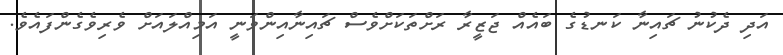
އަދި ދެކުނު ޗައިނާ ކަނޑުގެ ބައެއް ޖަޒީރާ ރަށްތަކަށްވެސް ޗައިނާއިންވަނީ އަމިއްލައަށް ވެރިވެގެންފައެވެ.